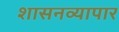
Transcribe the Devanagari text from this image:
शासनव्यापार